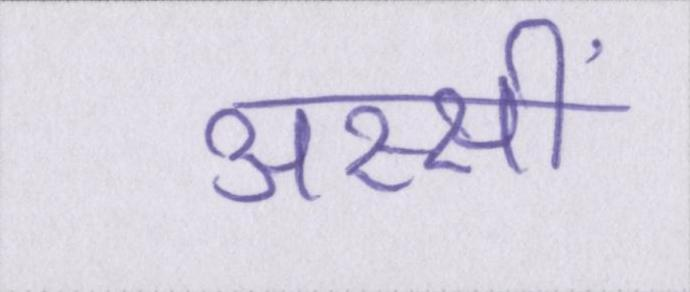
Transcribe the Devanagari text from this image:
अस्सीं